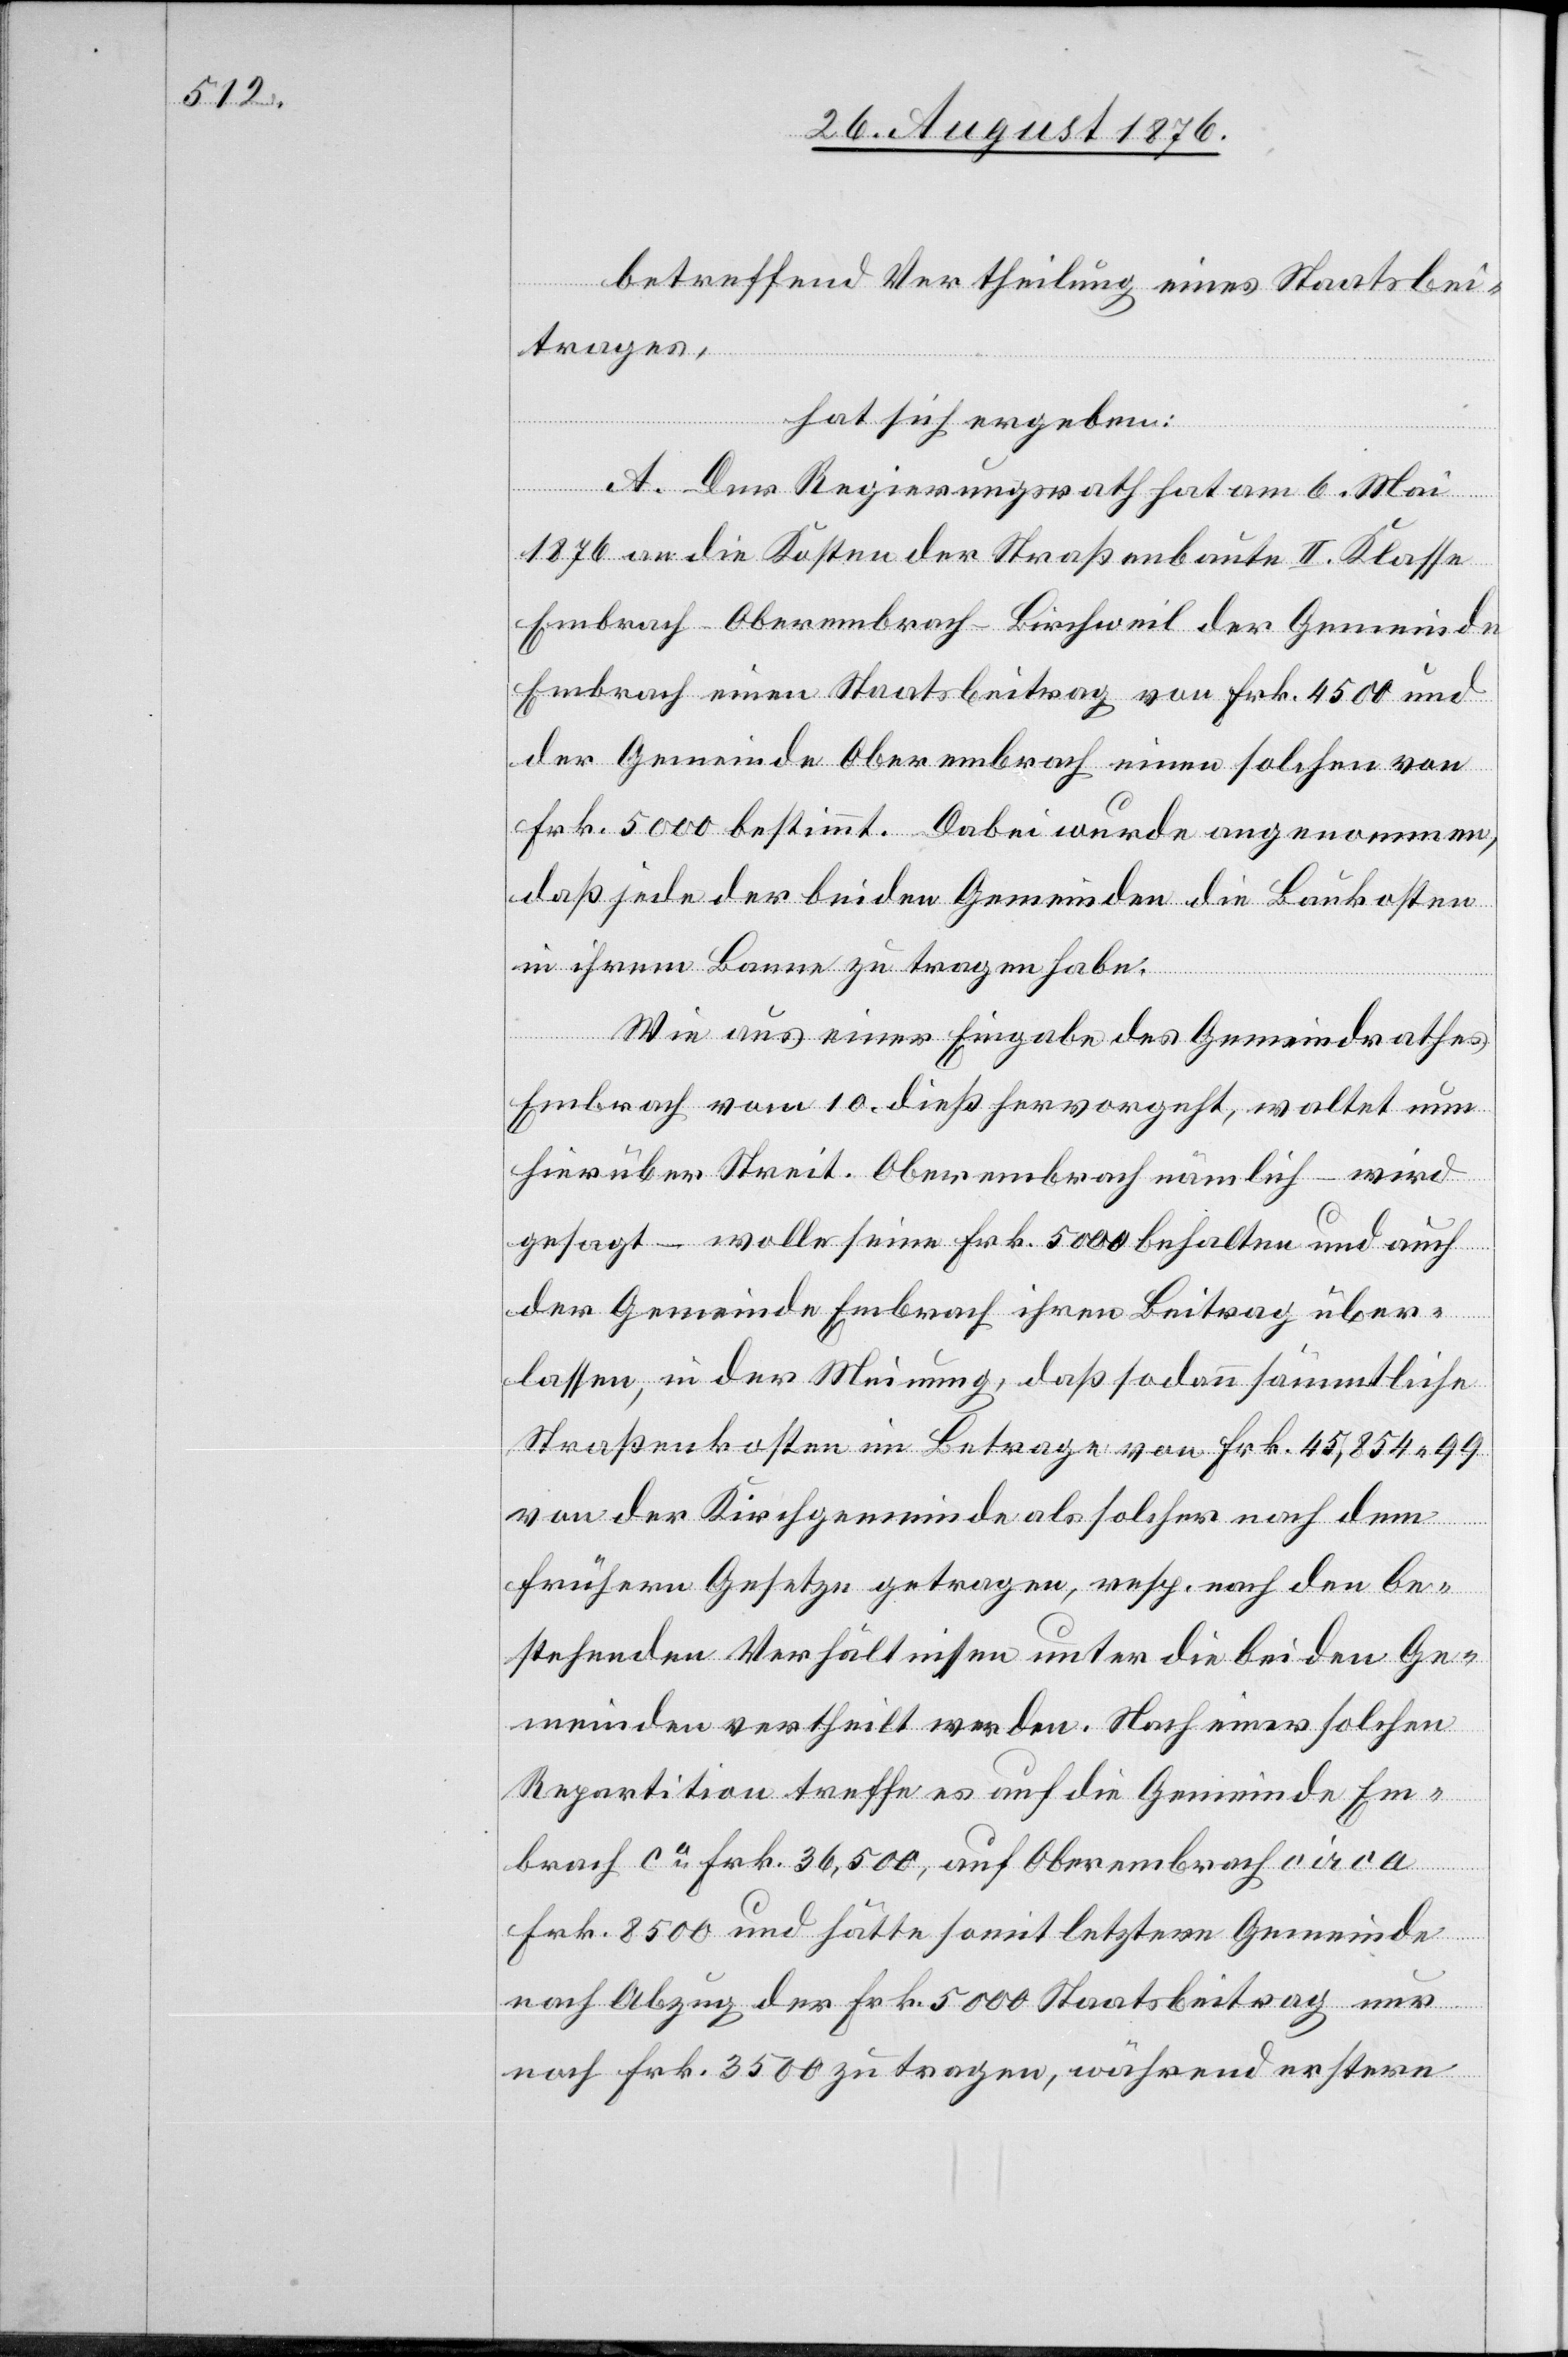
betreffend Vertheilung eines Staatsbei¬
trages,
hat sich ergeben:
A. Der Regierungsrath hat am 6. Mai
1876 an die Kosten der Straßenbaute II. Klasse
Embrach–Oberembrach–Birschweil der Gemeinde
Embrach einen Staatsbeitrag von Frk. 4500 und
der Gemeinde Oberembrach einen solchen von
Frk. 5000 bestimmt. Dabei wurde angenommen,
daß jede der beiden Gemeinden die Baukosten
in ihrem Banne zu tragen habe.
Wie aus einer Eingabe des Gemeindrathes
Embrach vom 10. dieß hervorgeht, waltet nun
hierüber Streit. Oberembrach nämlich – wird
gesagt – wolle seine Frk. 5000 behalten und auch
der Gemeinde Embrach ihren Beitrag über¬
lassen, in der Meinung, daß sodann sämmtliche
Straßenkosten im Betrage von Frk 45,854 99
von der Kirchgemeinde als solcher nach dem
frühern Gesetze getragen, resp. nach den be¬
stehenden Verhältnissen unter die beiden Ge¬
meinden vertheilt werden. Nach einer solchen
Repartition treffe es auf die Gemeinde Em¬
brach ca Frk. 36,500, auf Oberembrach circa
Frk. 8500 und hätte somit letztere Gemeinde
nach Abzug der Frk. 5000 Staatsbeitrag nur
noch Frk. 3500 zu tragen, während erstere